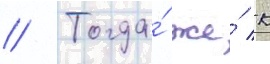
// Тогда́ же́ к